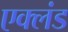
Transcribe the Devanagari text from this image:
एक्लंड